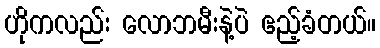
ဟိုကလည်း လောဘမီးနဲ့ပဲ ဧည့်ခံတယ်။